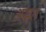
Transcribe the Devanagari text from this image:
अखल